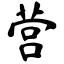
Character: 营